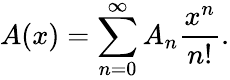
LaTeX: A(x)=\sum_{n=0}^{\infty}A_{n}{\frac{x^{n}}{n!}}.